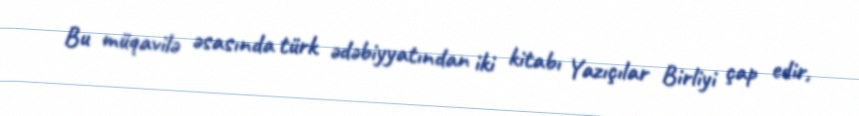
Bu müqavilə əsasında türk ədəbiyyatından iki kitabı Yazıçılar Birliyi çap edir,